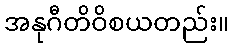
အနုဂီတိဝိစယတည်း။